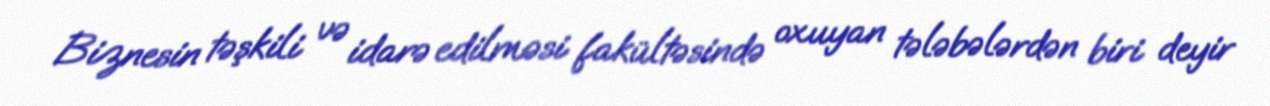
Biznesin təşkili və idarə edilməsi fakültəsində oxuyan tələbələrdən biri deyir